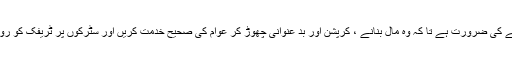
ٹریفک پولیس کی صحیح تربیت اور فرض شناسی سے آگاہی کی مہم چلانے کی ضرورت ہے تا کہ وہ مال بنانے ، کرپشن اور بد عنوانی چھوڑ کر عوام کی صحیح خدمت کریں اور سٹرکوں پر ٹریفک کو رواں دواں رکھیں تا کہ حادثات پر قابو پایا جا سکے اور عوام کو ریلیف ملے۔